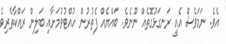
އެވެ. ނަމަވެސް އެއީ ރަނގަޅުގޮތެއް ނޫނެވެ. ބައްޔެއް ފެތުރުން ހުއްޓުވުމަށާއި ބަލިން ރައްކާތެރިވެ